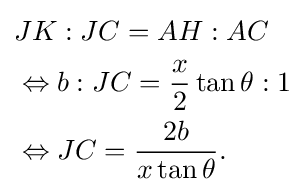
{\begin{aligned}&JK:JC=AH:AC\\&\Leftrightarrow b:JC={\frac {x}{2}}\tan \theta :1\\&\Leftrightarrow JC={\frac {2b}{x\tan \theta }}.\end{aligned}}